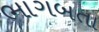
ભાગબતા